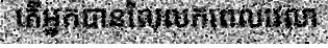
តើអ្នកបានលៃលកពេលវេលា